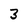
Character: 3